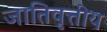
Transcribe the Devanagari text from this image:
जातिवृत्तीय